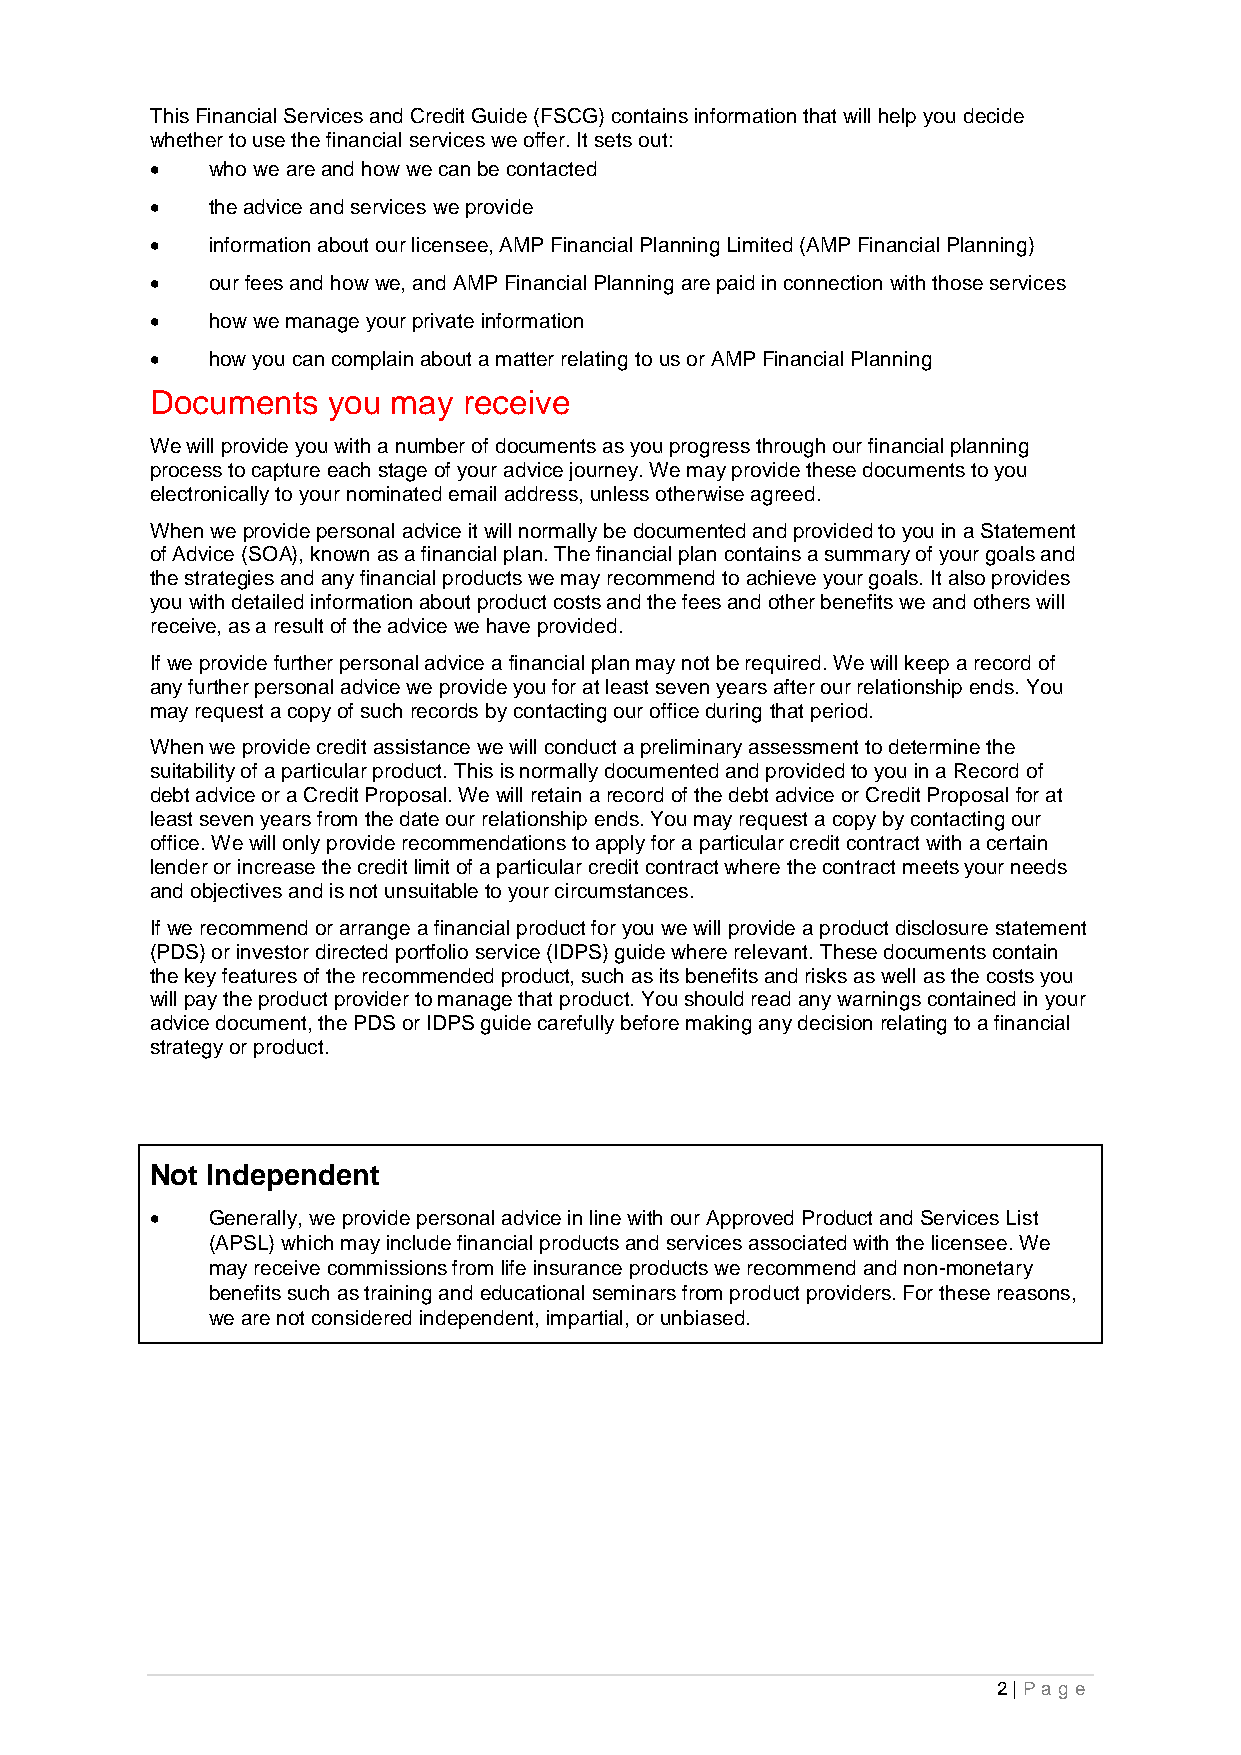
This Financial Services and Credit Guide (FSCG) contains information that will help you decide
 whether to use the financial services we offer. It sets out:
    who we are and how we can be contacted
    the advice and services we provide
    information about our licensee, AMP Financial Planning Limited (AMP Financial Planning)
    our fees and how we, and AMP Financial Planning are paid in connection with those services
    how we manage your private information
    how you can complain about a matter relating to us or AMP Financial Planning
 Documents   you may  receive
 We will provide you with a number of documents as you progress through our financial planning
 process to capture each stage of your advice journey. We may provide these documents to you
 electronically to your nominated email address, unless otherwise agreed.
 When we provide personal advice it will normally be documented and provided to you in a Statement
 of Advice (SOA), known as a financial plan. The financial plan contains a summary of your goals and
 the strategies and any financial products we may recommend to achieve your goals. It also provides
 you with detailed information about product costs and the fees and other benefits we and others will
 receive, as a result of the advice we have provided.
 If we provide further personal advice a financial plan may not be required. We will keep a record of
 any further personal advice we provide you for at least seven years after our relationship ends. You
 may request a copy of such records by contacting our office during that period.
 When we provide credit assistance we will conduct a preliminary assessment to determine the
 suitability of a particular product. This is normally documented and provided to you in a Record of
 debt advice or a Credit Proposal. We will retain a record of the debt advice or Credit Proposal for at
 least seven years from the date our relationship ends. You may request a copy by contacting our
 office. We will only provide recommendations to apply for a particular credit contract with a certain
 lender or increase the credit limit of a particular credit contract where the contract meets your needs
 and objectives and is not unsuitable to your circumstances.
 If we recommend or arrange a financial product for you we will provide a product disclosure statement
 (PDS) or investor directed portfolio service (IDPS) guide where relevant. These documents contain
 the key features of the recommended product, such as its benefits and risks as well as the costs you
 will pay the product provider to manage that product. You should read any warnings contained in your
 advice document, the PDS or IDPS guide carefully before making any decision relating to a financial
 strategy or product.
 Not Independent
    Generally, we provide personal advice in line with our Approved Product and Services List
 (APSL) which may include financial products and services associated with the licensee. We
 may receive commissions from life insurance products we recommend and non-monetary
 benefits such as training and educational seminars from product providers. For these reasons,
 we are not considered independent, impartial, or unbiased.
 2 | Pag e